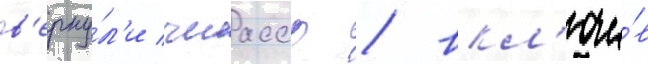
в'ерну́л'и чиасср / вкл'ючи́в